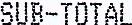
SUB-TOTAL